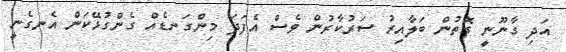
އަދި ގާނޫނީ ގޮތުން ބަލާއިރު ސަރުކާރުން ވެސް އެފަދަ މިންގަނޑެއް ގެންގުޅޭކަން އެނގެނީ